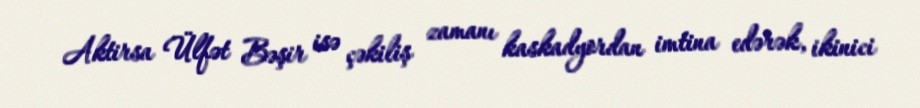
Aktirsa Ülfət Bəşir isə çəkiliş zamanı kaskadyordan imtina edərək, ikinici